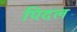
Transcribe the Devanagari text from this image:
पिदल